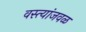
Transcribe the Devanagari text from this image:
वस्त्यांजवळ